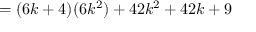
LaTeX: = ( 6 k + 4 ) ( 6 k ^ { 2 } ) + 4 2 k ^ { 2 } + 4 2 k + 9